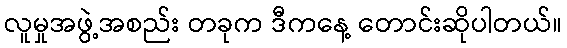
လူမှုအဖွဲ့အစည်း တခုက ဒီကနေ့ တောင်းဆိုပါတယ်။